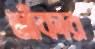
আঁকার